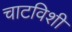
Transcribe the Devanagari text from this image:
चाटविशी